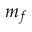
m _ { f }